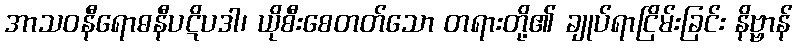
အာသဝနီရောဓနီပဋိပဒါ၊ ယိုစီးစေတတ်သော တရားတို့၏ ချုပ်ရာငြိမ်းခြင်း နိဗ္ဗာန်